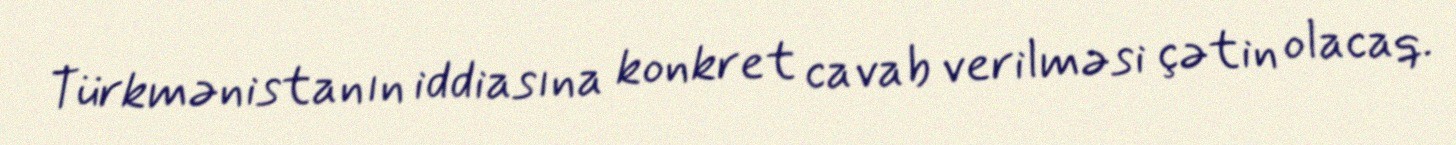
Türkmənistanın iddiasına konkret cavab verilməsi çətin olacaq.